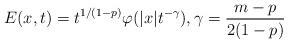
LaTeX: \begin{align*}E(x,t)=t^{1/(1-p)}\varphi(|x|t^{-\gamma}), \gamma=\frac{m-p}{2(1-p)}\end{align*}